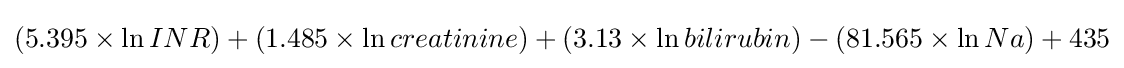
(5.395\times \ln INR)+(1.485\times \ln creatinine)+(3.13\times \ln bilirubin)-(81.565\times \ln Na)+435